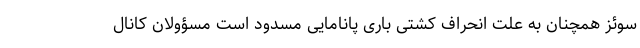
سوئز همچنان به‌ علت انحراف کشتی‌ باری پانامایی مسدود است مسؤولان کانال